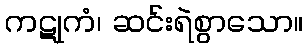
ကဋုကံ၊ ဆင်းရဲစွာသော။